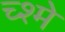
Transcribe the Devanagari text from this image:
च्श्मे